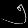
Digit: ၅